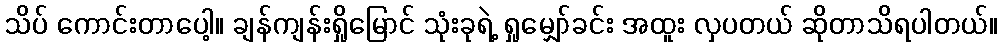
သိပ် ကောင်းတာပေါ့။ ချန်ကျန်းရှိုမြောင် သုံးခုရဲ့ ရှုမျှော်ခင်း အထူး လှပတယ် ဆိုတာသိရပါတယ်။